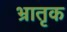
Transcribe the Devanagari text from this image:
भ्रातृक